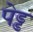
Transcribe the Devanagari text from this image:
पेड्ड